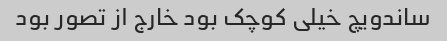
ساندویچ خیلی کوچک بود خارج از تصور بود